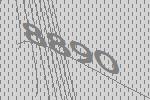
8890